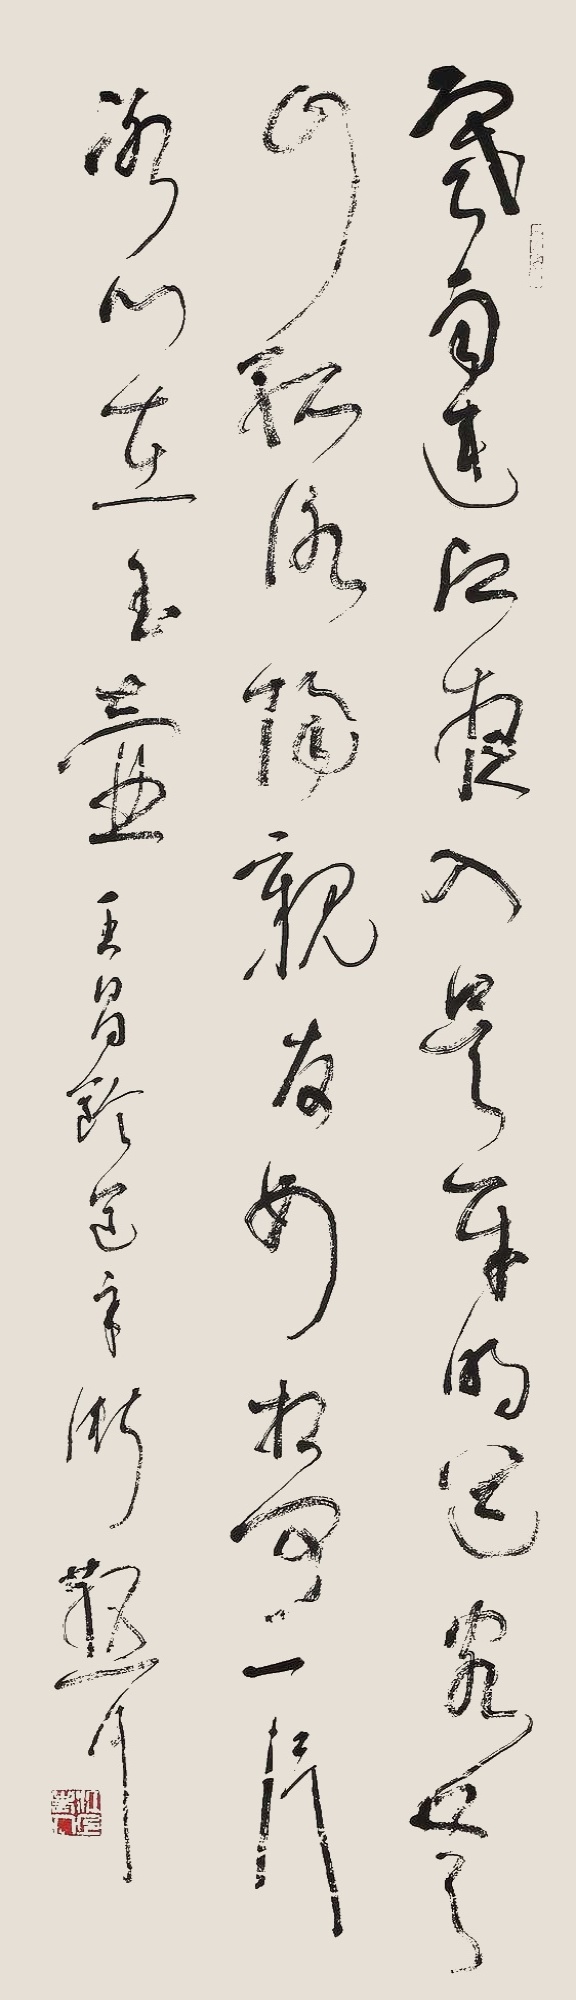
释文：寒雨连江夜入吴，平明送客楚山孤。洛阳亲友如相问，一片冰心在玉壶。王昌龄《送辛渐》，散耳。